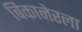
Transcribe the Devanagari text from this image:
बिकानेरला